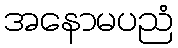
အနောမပညံ